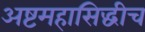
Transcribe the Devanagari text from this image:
अष्टमहासिद्धीच